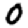
Digit: 0